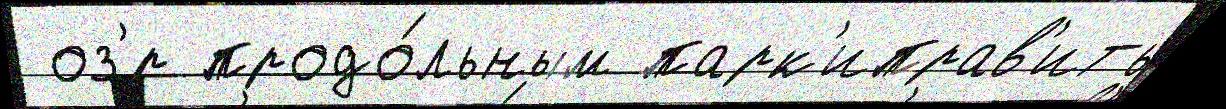
 оз'́р продо́льным парк'иправ'ить